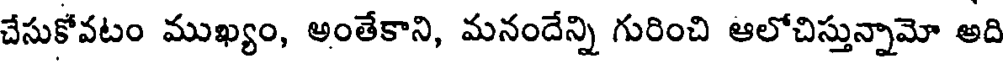
చేసుకోవటం ముఖ్యం, అంతేకాని, మనందేన్ని గురించి ఆలోచిస్తున్నామో అది